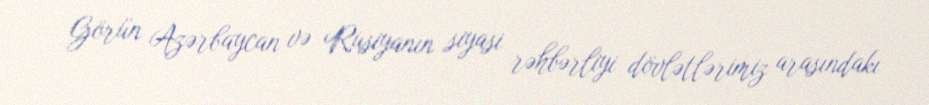
Görün Azərbaycan və Rusiyanın siyasi rəhbərliyi dövlətlərimiz arasındakı